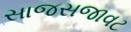
સાજસજાવટ